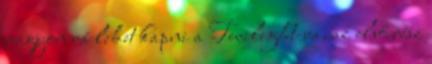
nagyon rá lehet kapni a Twilight-ra, az első rész